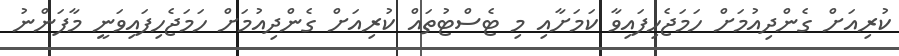
ކުރިއަށް ގެންދިއުމަށް ހަމަޖެހިފައިވާ ކަމަށާއި މި ޓެސްޓުތައް ކުރިއަށް ގެންދިއުމަށް ހަމަޖެހިފައިވަނީ މާފަންނު